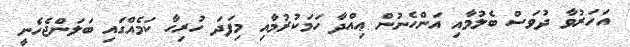
އަހަރުވާ ދުވަސް ބެލުމާއި އަންހެނުން ޢިއްދާ ހަމަކުރުމާއި މިފަދަ ހުރިހާ ކަމެއްގައި ބަލަންޖެހެނީ